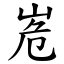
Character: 峞